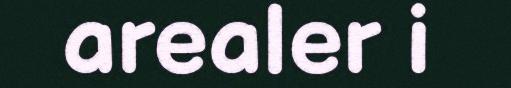
arealer i